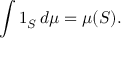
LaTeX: \int 1 _ { S } \, d \mu = \mu ( S ) .